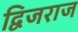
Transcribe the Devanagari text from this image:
द्विजराज